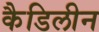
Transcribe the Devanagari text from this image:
कैडिलीन